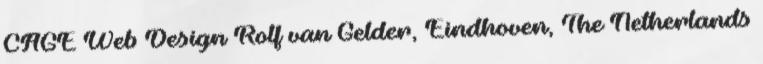
CAGE Web Design Rolf van Gelder, Eindhoven, The Netherlands